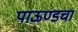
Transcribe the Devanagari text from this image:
पाऊण्डचा